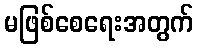
မဖြစ်စေရေးအတွက်